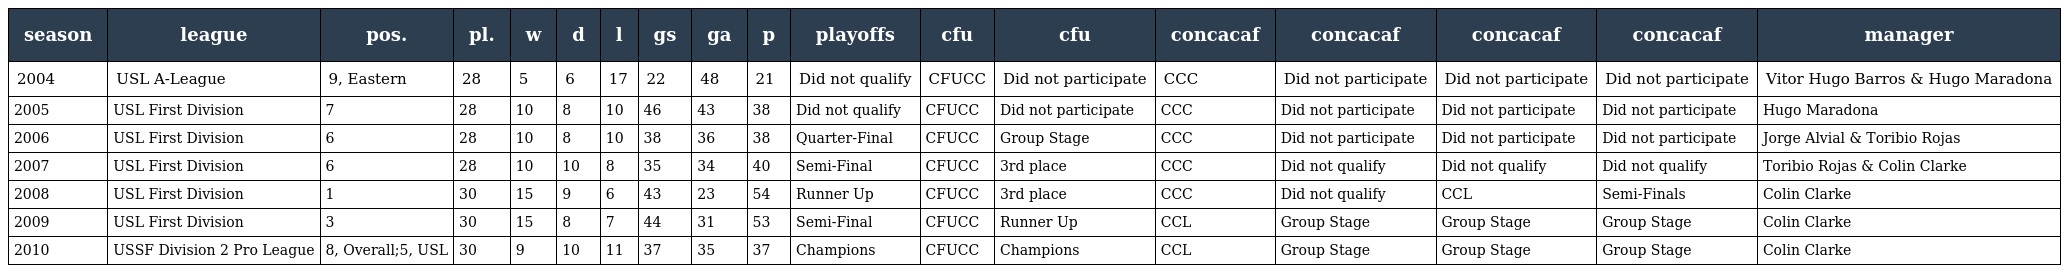
| season | league | pos. | pl. | w | d | l | gs | ga | p | playoffs | cfu | cfu | concacaf | concacaf | concacaf | concacaf | manager |
 | --- | --- | --- | --- | --- | --- | --- | --- | --- | --- | --- | --- | --- | --- | --- | --- | --- | --- |
 | 2004 | USL A-League | 9, Eastern | 28 | 5 | 6 | 17 | 22 | 48 | 21 | Did not qualify | CFUCC | Did not participate | CCC | Did not participate | Did not participate | Did not participate | Vitor Hugo Barros & Hugo Maradona |
 | 2005 | USL First Division | 7 | 28 | 10 | 8 | 10 | 46 | 43 | 38 | Did not qualify | CFUCC | Did not participate | CCC | Did not participate | Did not participate | Did not participate | Hugo Maradona |
 | 2006 | USL First Division | 6 | 28 | 10 | 8 | 10 | 38 | 36 | 38 | Quarter-Final | CFUCC | Group Stage | CCC | Did not participate | Did not participate | Did not participate | Jorge Alvial & Toribio Rojas |
 | 2007 | USL First Division | 6 | 28 | 10 | 10 | 8 | 35 | 34 | 40 | Semi-Final | CFUCC | 3rd place | CCC | Did not qualify | Did not qualify | Did not qualify | Toribio Rojas & Colin Clarke |
 | 2008 | USL First Division | 1 | 30 | 15 | 9 | 6 | 43 | 23 | 54 | Runner Up | CFUCC | 3rd place | CCC | Did not qualify | CCL | Semi-Finals | Colin Clarke |
 | 2009 | USL First Division | 3 | 30 | 15 | 8 | 7 | 44 | 31 | 53 | Semi-Final | CFUCC | Runner Up | CCL | Group Stage | Group Stage | Group Stage | Colin Clarke |
 | 2010 | USSF Division 2 Pro League | 8, Overall;5, USL | 30 | 9 | 10 | 11 | 37 | 35 | 37 | Champions | CFUCC | Champions | CCL | Group Stage | Group Stage | Group Stage | Colin Clarke |